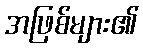
အဖြစ်များ၏